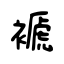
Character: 褫